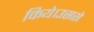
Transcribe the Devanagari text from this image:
किये।उससे